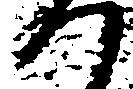
つ